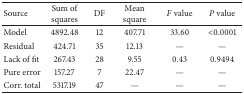
<table><thead><tr><td><b>Source</b></td><td><b>Sum of squares</b></td><td><b>DF</b></td><td><b>Mean square</b></td><td><b><i>F</i> value</b></td><td><b><i>P</i> value</b></td></tr></thead><tbody><tr><td>Model</td><td>4892.48</td><td>12</td><td>407.71</td><td>33.60</td><td>&lt;0.0001</td></tr><tr><td>Residual</td><td>424.71</td><td>35</td><td>12.13</td><td>—</td><td>—</td></tr><tr><td>Lack of fit</td><td>267.43</td><td>28</td><td>9.55</td><td>0.43</td><td>0.9494</td></tr><tr><td>Pure error</td><td>157.27</td><td>7</td><td>22.47</td><td>—</td><td>—</td></tr><tr><td>Corr. total</td><td>5317.19</td><td>47</td><td>—</td><td>—</td><td>—</td></tr></tbody></table>